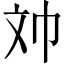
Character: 𱡢